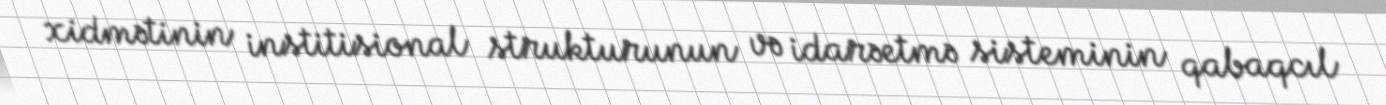
xidmətinin institisional strukturunun və idarəetmə sisteminin qabaqcıl